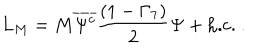
L _ { M } = M \overline { { { \Psi ^ { c } } } } \frac { ( 1 - \Gamma _ { 7 } ) } { 2 } \Psi + \mathrm { h . c . } ~ .